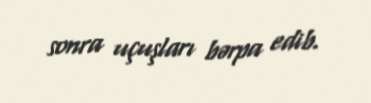
sonra uçuşları bərpa edib.